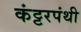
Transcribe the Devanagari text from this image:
कंट्टरपंथी